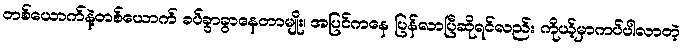
တစ်ယောက်နဲ့တစ်ယောက် ခပ်ခွာခွာနေတာမျိုး၊ အပြင်ကနေ ပြန်လာပြီဆိုရင်လည်း ကိုယ့်မှာကပ်ပါလာတဲ့